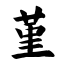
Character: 堇